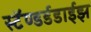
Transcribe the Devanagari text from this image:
स्टॅण्डर्डडाईझ